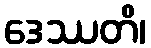
ဒေဿတိ၊